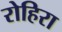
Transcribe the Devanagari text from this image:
रोहिरा